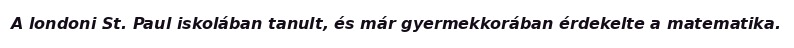
A londoni St. Paul iskolában tanult, és már gyermekkorában érdekelte a matematika.